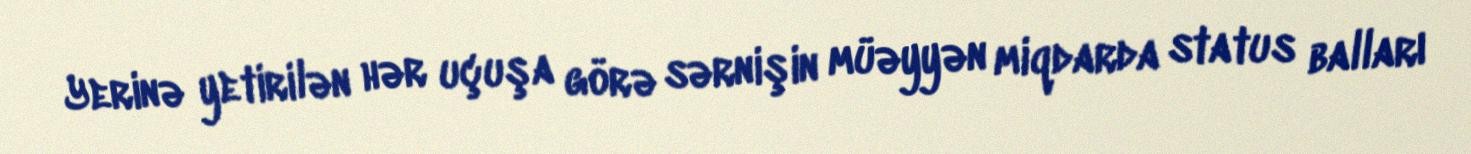
Yerinə yetirilən hər uçuşa görə sərnişin müəyyən miqdarda status balları